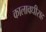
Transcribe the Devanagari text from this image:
कालावधीसह